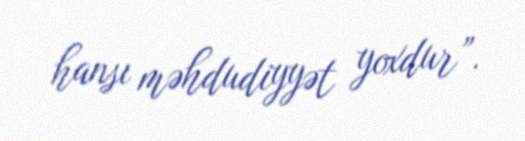
hansı məhdudiyyət yoxdur”.